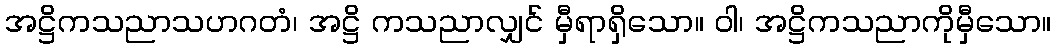
အဋ္ဌိကသညာသဟဂတံ၊ အဋ္ဌိ ကသညာလျှင် မှီရာရှိသော။ ဝါ၊ အဋ္ဌိကသညာကိုမှီသော။